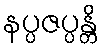
နပ္ပဇပ္ပန္တိ